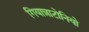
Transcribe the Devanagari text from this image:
गियान्नाटोनियो